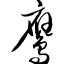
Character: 鹰